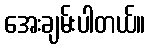
အေးချမ်းပါတယ်။